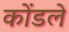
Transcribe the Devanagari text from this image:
कोंडले